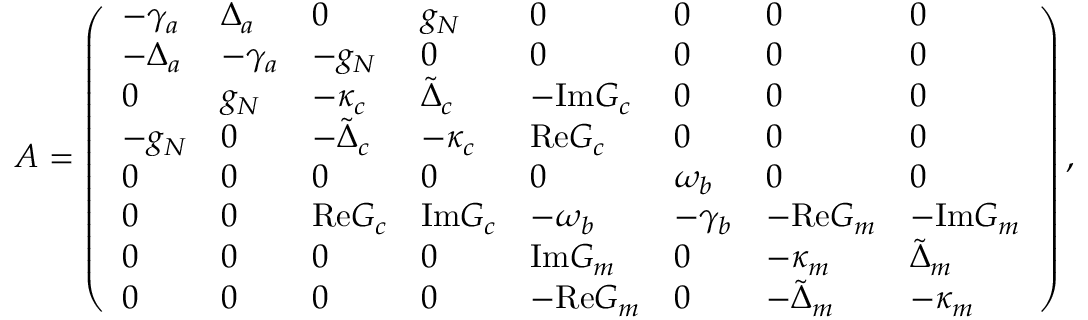
A = \left( \begin{array} { l l l l l l l l } { - \gamma _ { a } } & { \Delta _ { a } } & { 0 } & { g _ { N } } & { 0 } & { 0 } & { 0 } & { 0 } \\ { - \Delta _ { a } } & { - \gamma _ { a } } & { - g _ { N } } & { 0 } & { 0 } & { 0 } & { 0 } & { 0 } \\ { 0 } & { g _ { N } } & { - \kappa _ { c } } & { \tilde { \Delta } _ { c } } & { - \mathrm { I m } G _ { c } } & { 0 } & { 0 } & { 0 } \\ { - g _ { N } } & { 0 } & { - \tilde { \Delta } _ { c } } & { - \kappa _ { c } } & { \mathrm { R e } G _ { c } } & { 0 } & { 0 } & { 0 } \\ { 0 } & { 0 } & { 0 } & { 0 } & { 0 } & { \omega _ { b } } & { 0 } & { 0 } \\ { 0 } & { 0 } & { \mathrm { R e } G _ { c } } & { \mathrm { I m } G _ { c } } & { - \omega _ { b } } & { - \gamma _ { b } } & { - \mathrm { R e } G _ { m } } & { - \mathrm { I m } G _ { m } } \\ { 0 } & { 0 } & { 0 } & { 0 } & { \mathrm { I m } G _ { m } } & { 0 } & { - \kappa _ { m } } & { \tilde { \Delta } _ { m } } \\ { 0 } & { 0 } & { 0 } & { 0 } & { - \mathrm { R e } G _ { m } } & { 0 } & { - \tilde { \Delta } _ { m } } & { - \kappa _ { m } } \end{array} \right) ,